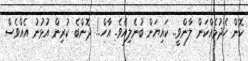
ކޮން ހެދުމެއްކަން ލާންވީ.. ކައިޔަން ބުނެލިއެވެ. އާހް..! ދޮންބެ ކުރިން އުޅުނު އެއްވެސް